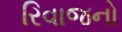
રિવાજનો